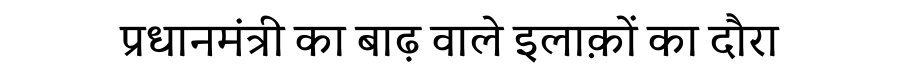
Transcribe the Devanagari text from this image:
प्रधानमंत्री का बाढ़ वाले इलाक़ों का दौरा